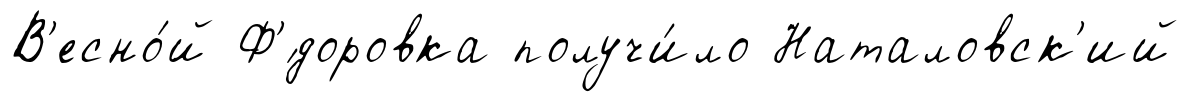
В'есно́й Ф'́доровка получи́ло Наталовск'ий